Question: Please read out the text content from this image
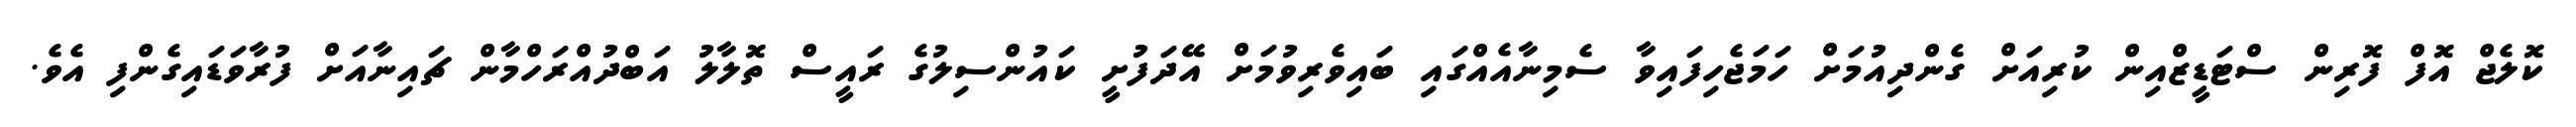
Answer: ކޮލެޖް އޮފް ފޮރިން ސްޓަޑީޒްއިން ކުރިއަށް ގެންދިއުމަށް ހަމަޖެހިފައިވާ ސެމިނާއެއްގައި ބައިވެރިވުމަށް އޭދަފުށީ ކައުންސިލުގެ ރައީސް ތޮލާލު އަބްދުއްރަހްމާން ޗައިނާއަށް ފުރާވަޑައިގެންފި އެވެ.